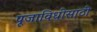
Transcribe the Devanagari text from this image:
पूजाविधीसाठी